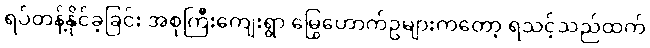
ရပ်တန့်နိုင်ခဲ့ခြင်း အစုကြီးကျေးရွာ မြွေဟောက်ဥများကတော့ ရသင့်သည်ထက်